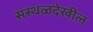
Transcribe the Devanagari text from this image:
संस्थळदेखील